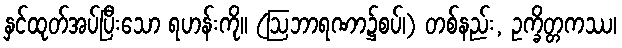
နှင်ထုတ်အပ်ပြီးသော ရဟန်းကို။ (ဩဘာရဏာ၌စပ်၊) တစ်နည်း, ဥက္ခိတ္တကဿ၊